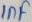
Text: 1nF